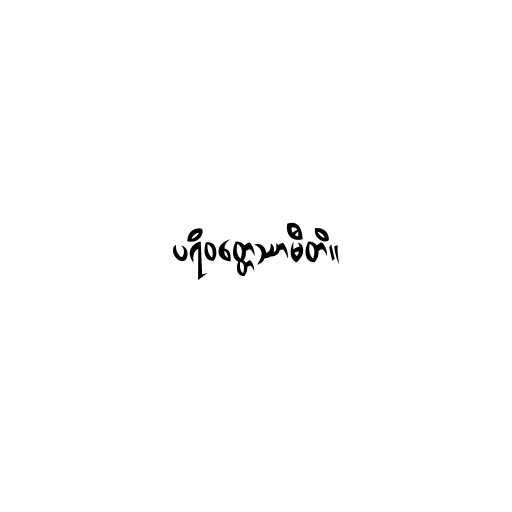
ပရိဝတ္တေဿာမီတိ။